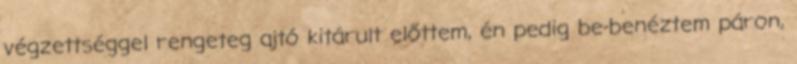
végzettséggel rengeteg ajtó kitárult előttem, én pedig be-benéztem páron,